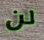
لن